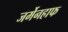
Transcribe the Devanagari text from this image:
जर्मेनहाफ